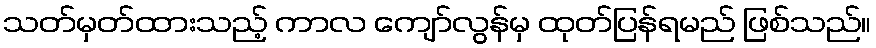
သတ်မှတ်ထားသည့် ကာလ ကျော်လွန်မှ ထုတ်ပြန်ရမည် ဖြစ်သည်။